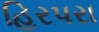
હિરપરા